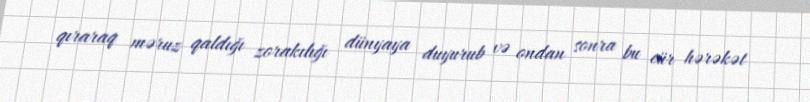
qıraraq məruz qaldığı zorakılığı dünyaya duyurub və ondan sonra bu cür hərəkət